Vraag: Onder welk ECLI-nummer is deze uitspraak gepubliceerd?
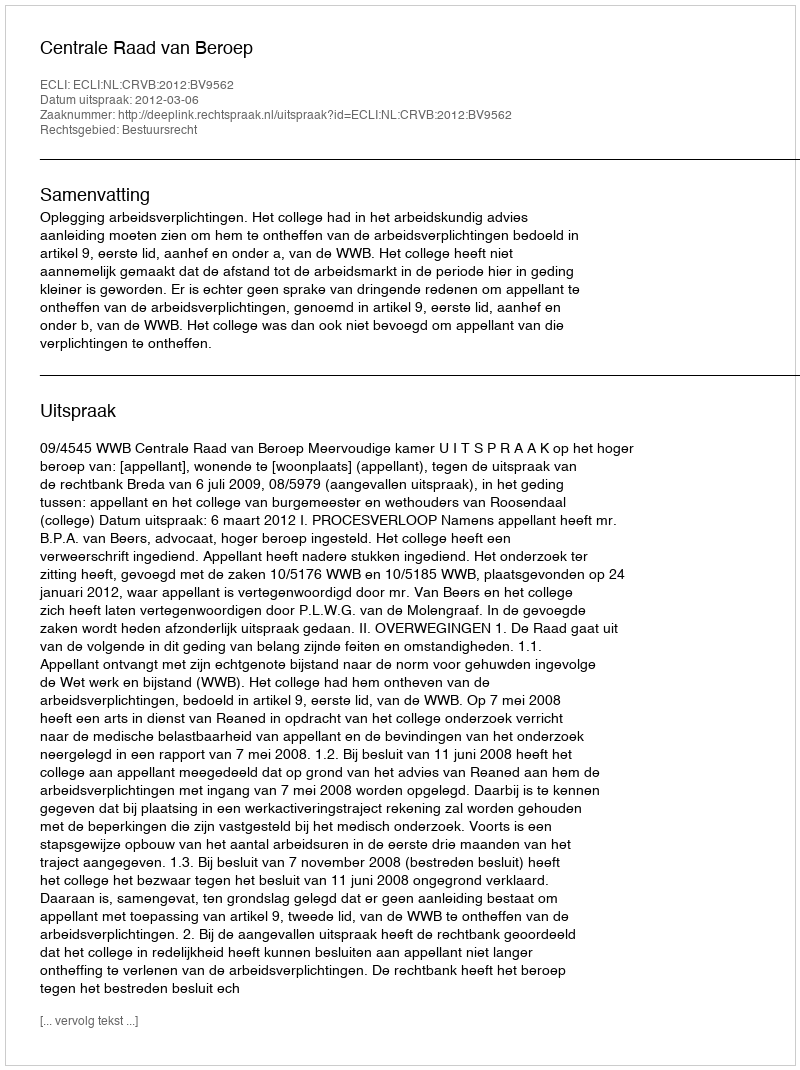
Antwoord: ECLI:NL:CRVB:2012:BV9562